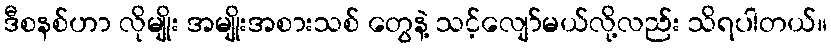
ဒီစနစ်ဟာ လိုမျိုး အမျိုးအစားသစ် တွေနဲ့ သင့်လျော်မယ်လို့လည်း သိရပါတယ်။